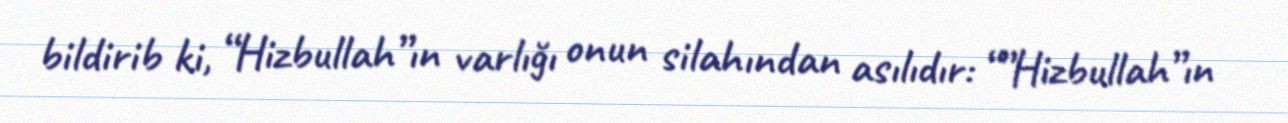
bildirib ki, “Hizbullah”ın varlığı onun silahından asılıdır: “”Hizbullah”ın